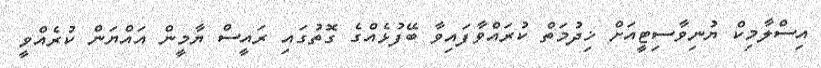
އިސްލާމިކް ޔުނިވާސިޓީއަށް ޚިދުމަތް ކުރައްވާފައިވާ ބޭފުޅެއްގެ ގޮތުގައި ރައީސް ޔާމީން އައްޔަން ކުރެއްވީ